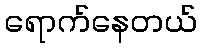
ရောက်နေတယ်